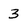
Character: 3